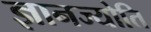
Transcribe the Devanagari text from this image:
ज्ञानज्योति